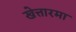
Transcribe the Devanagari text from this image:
खेत्तारमा